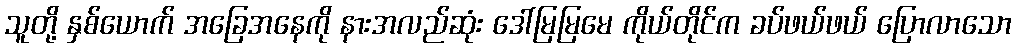
သူတို့ နှစ်ယောက် အခြေအနေကို နားအလည်ဆုံး ဒေါ်မြမြမေ ကိုယ်တိုင်က ခပ်ဖယ်ဖယ် ပြောလာသော